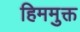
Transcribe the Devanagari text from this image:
हिममुक्त